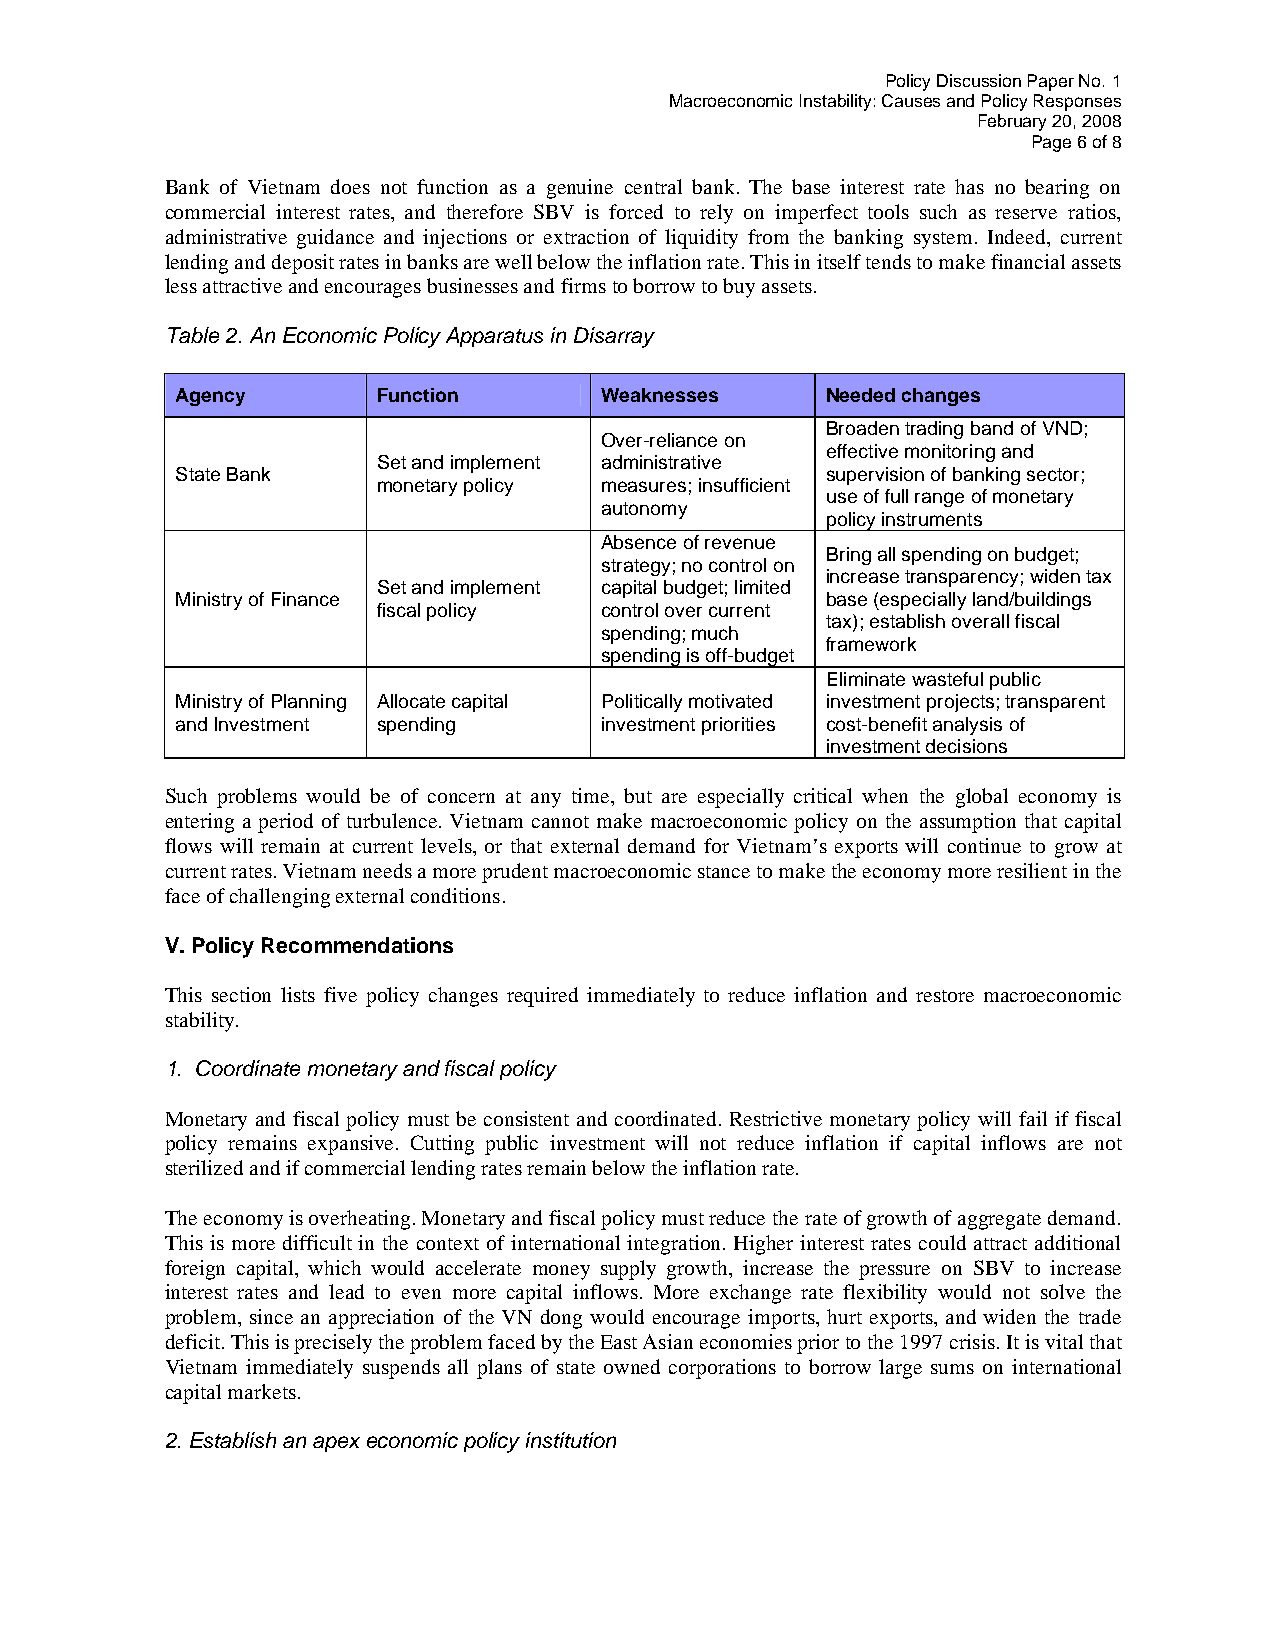
Policy Discussion Paper No. 1
 Macroeconomic Instability: Causes and Policy Responses
 February 20, 2008
 Page 6of 8
 Bank of Vietnam does not function as a genuine central bank. The base interest rate has no bearing on
 commercial interest rates, and therefore SBV is forced to rely on imperfect tools such as reserve ratios,
 administrative guidance and injections or extraction of liquidity from the banking system. Indeed, current
 lending and deposit ratesin banks are well below the inflation rate. This in itself tends to make financial assets
 less attractive and encouragesbusinesses and firms to borrow to buy assets.
 Table 2. An Economic Policy Apparatus in Disarray
 Agency       Function       Weaknesses     Needed changes
 Broaden trading band of VND;
 Over-reliance on
 effective monitoring and
 Set and implement administrative
 State Bank                                 supervision of banking sector;
 monetary policy measures; insufficient
 use of full range of monetary
 autonomy
 policy instruments
 Absence of revenue
 Bring all spending on budget;
 strategy; no controlon
 increase transparency; widen tax
 Set and implement capital budget; limited
 Ministry of Finance                        base (especially land/buildings
 fiscal policy  control over current
 tax); establish overall fiscal
 spending; much
 framework
 spending is off-budget
 Eliminate wasteful public
 Ministry of Planning Allocate capital Politically motivated investment projects; transparent
 and Investment spending     investment priorities cost-benefit analysis of
 investment decisions
 Such problems would be of concern at any time, but are especially critical when the global economy is
 entering a period of turbulence. Vietnam cannot make macroeconomic policy on the assumption that capital
 flows will remain at current levels, or that external demand for Vietnam’s exports will continue to grow at
 current rates. Vietnamneeds a more prudent macroeconomic stance to make the economy more resilient in the
 face of challenging external conditions.
 V. PolicyRecommendations
 This section lists five policy changes required immediately to reduce inflation and restore macroeconomic
 stability.
 1. Coordinate monetary and fiscal policy
 Monetary and fiscal policy must be consistent and coordinated. Restrictive monetary policy will fail if fiscal
 policy remains expansive. Cutting public investment will not reduce inflation if capital inflows are not
 sterilized and if commercial lending rates remain below the inflation rate.
 The economy is overheating. Monetary and fiscal policy must reduce the rate of growth of aggregate demand.
 This is more difficult in the context of international integration. Higher interest rates could attract additional
 foreign capital, which would accelerate money supply growth, increase the pressure on SBV to increase
 interest rates and lead to even more capital inflows. More exchange rate flexibility would not solve the
 problem, since an appreciation of the VN dong would encourage imports, hurt exports, and widen the trade
 deficit. This is precisely the problem faced by the East Asian economies prior to the 1997 crisis. It is vital that
 Vietnam immediately suspends all plans of state owned corporations to borrow large sums on international
 capital markets.
 2. Establish an apex economic policy institution